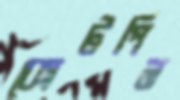
কোটপিন